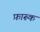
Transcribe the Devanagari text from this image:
फ़ारूक